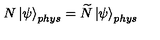
N \left| \psi \right\rangle _ { p h y s } = \widetilde { N } \left| \psi \right\rangle _ { p h y s }